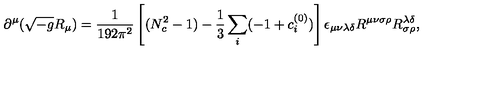
\partial ^ { \mu } ( \sqrt { - g } R _ { \mu } ) = \frac { 1 } { 1 9 2 \pi ^ { 2 } } \left[ ( N _ { c } ^ { 2 } - 1 ) - \frac { 1 } { 3 } \sum _ { i } ( - 1 + c _ { i } ^ { ( 0 ) } ) \right] \epsilon _ { \mu \nu \lambda \delta } R ^ { \mu \nu \sigma \rho } R _ { \sigma \rho } ^ { \lambda \delta } ,